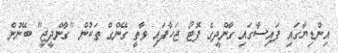
އިންޑިޔާގައި ފައިސާގައި ގާންދީގެ ފޮޓޯ ޖަހާފައި ވާތީ ގޭންގް ތަކުން "ގާންދީޖީ" ބޭނުން